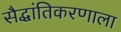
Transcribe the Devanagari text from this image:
सैद्धांतिकरणाला